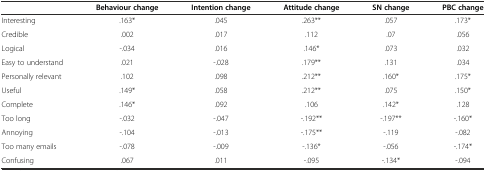
|  | Behaviour change | Intention change | Attitude change | SN change | PBC change |
 | --- | --- | --- | --- | --- | --- |
 | Interesting | .163* | .045 | .263** | .057 | .173* |
 | Credible | .002 | .017 | .112 | .07 | .056 |
 | Logical | -.034 | .016 | .146* | .073 | .032 |
 | Easy to understand | .021 | -.028 | .179** | .131 | .034 |
 | Personally relevant | .102 | .098 | .212** | .160* | .175* |
 | Useful | .149* | .058 | .212** | .075 | .150* |
 | Complete | .146* | .092 | .106 | .142* | .128 |
 | Too long | -.032 | -.047 | -.192** | -.197** | -.160* |
 | Annoying | -.104 | -.013 | -.175** | -.119 | -.082 |
 | Too many emails | -.078 | -.009 | -.136* | -.056 | -.174* |
 | Confusing | .067 | .011 | -.095 | -.134* | -.094 |